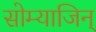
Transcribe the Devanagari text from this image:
सोम्याजिन्